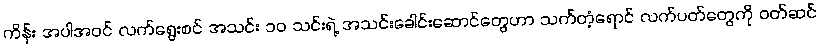
ကိန်း အပါအဝင် လက်ရွေးစင် အသင်း ၁၀ သင်းရဲ့ အသင်းခေါင်းဆောင်တွေဟာ သက်တံ့ရောင် လက်ပတ်တွေကို ဝတ်ဆင်